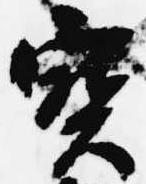
宝